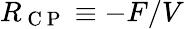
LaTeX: R_{\mathrm{~C~P~}}\equiv-F/V